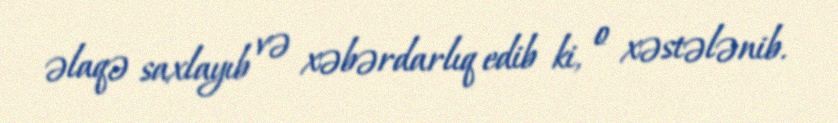
əlaqə saxlayıb və xəbərdarlıq edib ki, o xəstələnib.